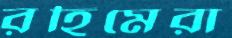
রহিমেরা